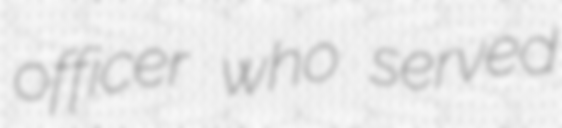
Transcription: officer who served